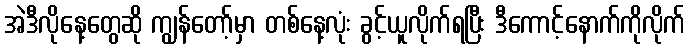
အဲဒီလိုနေ့တွေဆို ကျွန်တော့်မှာ တစ်နေ့လုံး ခွင့်ယူလိုက်ရပြီး ဒီကောင့်နောက်ကိုလိုက်